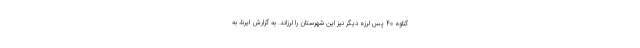
گناوه ۴۰ پس لرزه دیگر نیز این شهرستان را لرزاند. به گزارش ایرنا، به